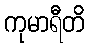
ကုမာရီတိ